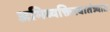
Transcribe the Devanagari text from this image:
अभिव्यक्तिस्वातंत्र्यात